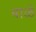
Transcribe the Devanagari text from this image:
बाळें